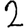
Digit: 2